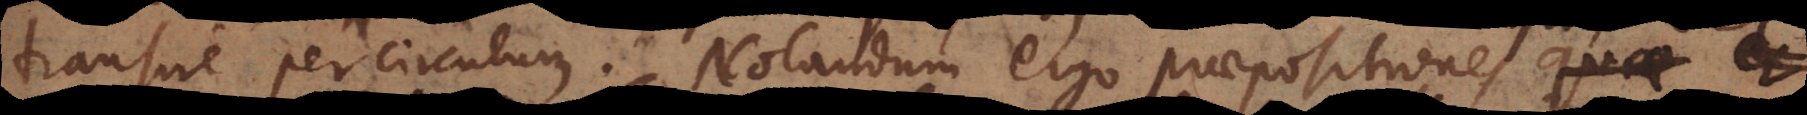
transire per circulum. Notandum ergo praepositiones quae et